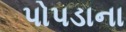
પોપડાના